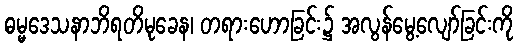
ဓမ္မဒေသနာဘိရတိမုခေန၊ တရားဟောခြင်း၌ အလွန်မွေ့လျော်ခြင်းကို